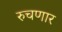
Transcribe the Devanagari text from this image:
रुचणार